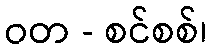
ဝတ - စင်စစ်၊